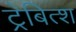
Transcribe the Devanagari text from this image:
ट्रेबित्श